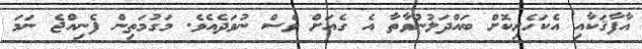
އާފާޤަކާއި އެކަހެރިކޮށް ބައްދަލުނުވާތާ އެ ގެއަށް ވެސް ނުވަދެއެވެ. މަގުމަތިން ފެނިއްޖެ ނަމަ